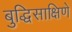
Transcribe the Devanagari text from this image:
बुद्धिसाक्षिणे